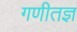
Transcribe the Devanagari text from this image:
गणीतज्ञ